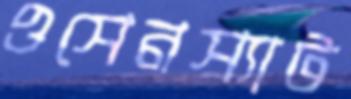
ওসেনস্যাট